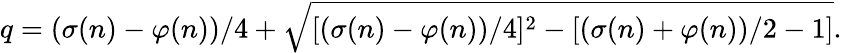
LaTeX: q=(\sigma(n)-\varphi(n))/4+{\sqrt{[(\sigma(n)-\varphi(n))/4]^{2}-[(\sigma(n)+\varphi(n))/2-1]}}.